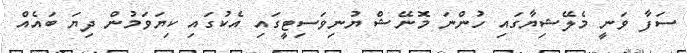
ސަފާ ވަނީ މެލޭޝިޔާގައި ހުންނަ މޮނޭޝް ޔުނިވަސިޓީގައި އެކުގައި ކިޔަވަމުން ދިޔަ ބައެއް